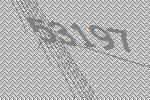
53197